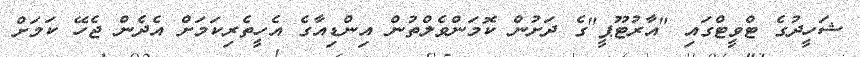
ޝަހީދުގެ ޓްވީޓްގައި "އާރުޓޫޕީ"ގެ ދަށުން ކޮމަންވެލްތުން އިންޑިއާގެ އެހީތެރިކަމަށް އެދެން ޖެހޭ ކަމަށް